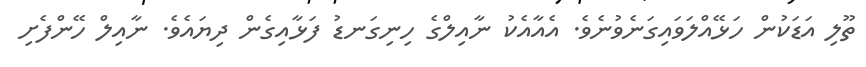
ތޫލި އަޑަކުން ހަޅޭއްލަވައިގަނެވުނެވެ. އެއާއެކު ނާއިލްގެ ހިނިގަނޑު ފަޅާއިގެން ދިޔައެވެ. ނާއިލް ހޭންފެށި